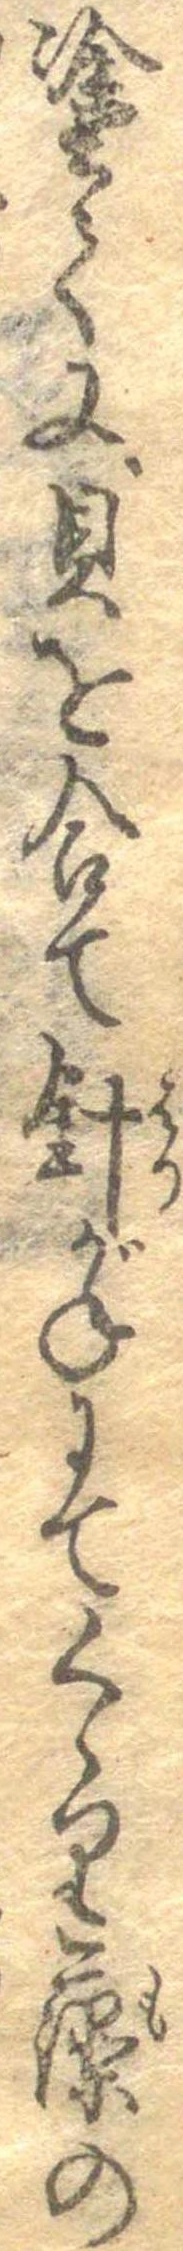
塗て又貝を合て針がねにてくゝり藻の